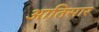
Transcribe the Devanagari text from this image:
आतिसार